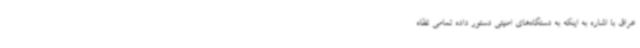
عراق با اشاره به اینکه به دستگاه‌های امنیتی دستور داده تمامی تظاه